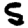
Digit: 5